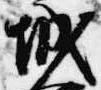
城